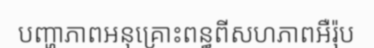
បញ្ហាភាពអនុគ្រោះពន្ធពីសហភាពអឺរ៉ុប